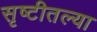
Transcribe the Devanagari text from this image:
सृष्टीतल्या